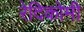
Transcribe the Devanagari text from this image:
रेदिकोमी